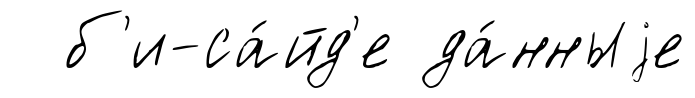
б'и-са́йд'е да́нныjе